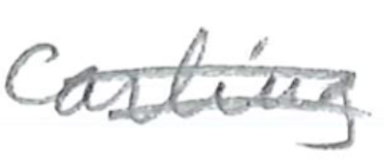
Text: Carling
Cross-out: double-line
Writing tool: pencil